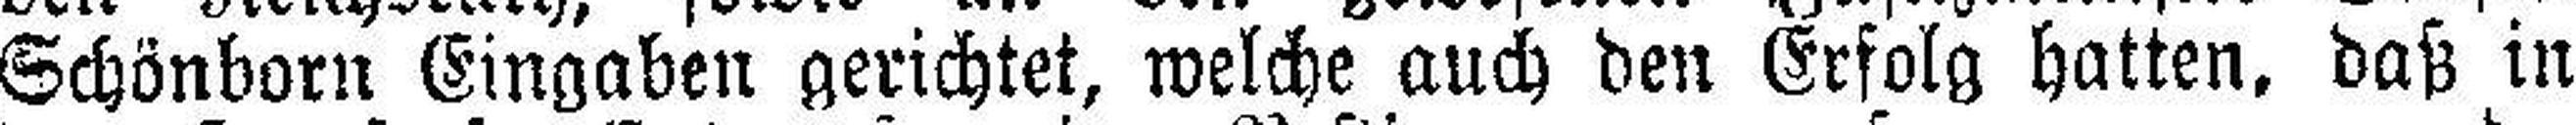
Schönborn Eingaben gerichtet, welche auch den Erfolg hatten, daß in